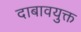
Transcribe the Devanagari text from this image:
दाबावयुक्त